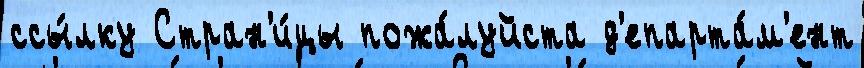
ссы́лку Стран'и́цы пожа́луйста д'епарта́м'ент